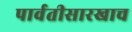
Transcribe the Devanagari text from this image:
पार्वतीसारखाच